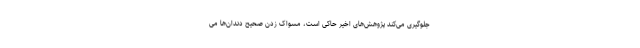
جلوگیری می‌کند پژوهش‌های اخیر حاکی است، مسواک زدن صحیح دندان‌ها می